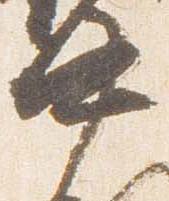
中